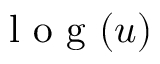
\mathrm { ~ l ~ o ~ g ~ } ( u )